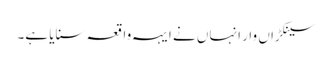
سینکڑاں وار انہاں نے ایہہ واقعہ سنایا ہے۔